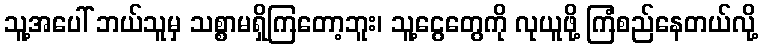
သူ့အပေါ် ဘယ်သူမှ သစ္စာမရှိကြတော့ဘူး၊ သူ့ငွေတွေကို လုယူဖို့ ကြံစည်နေတယ်လို့